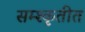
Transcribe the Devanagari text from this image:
सम्श्कृतीत